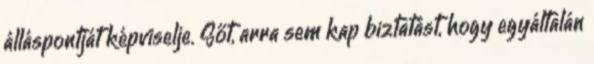
álláspontját képviselje. Sőt, arra sem kap biztatást, hogy egyáltalán